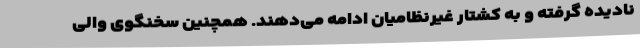
نادیده گرفته و به کشتار غیرنظامیان ادامه می‌دهند. همچنین سخنگوی والی